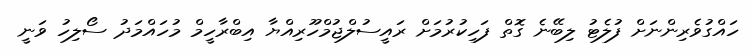
ހައްގުވެރިންނަށް ފުލެޓު ލިބޭނެ ގޮތް ފަހިކުރުމަށް ރައީސުލްޖުމްހޫރިއްޔާ އިބްރާހީމް މުހައްމަދު ސޯލިހު ވަނީ